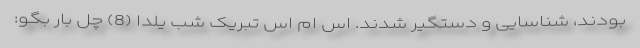
بودند، شناسایی و دستگیر شدند. اس ام اس تبریک شب یلدا (8) چل بار بگو: